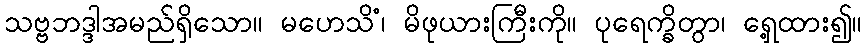
သဗ္ဗဘဒ္ဒါအမည်ရှိသော။ မဟေသိံ၊ မိဖုယားကြီးကို။ ပုရေက္ခိတွာ၊ ရှေ့ထား၍။